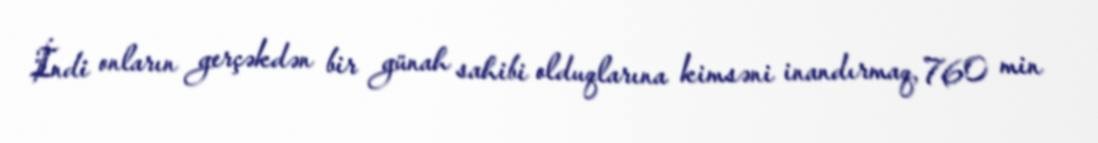
İndi onların gerçəkdən bir günah sahibi olduqlarına kimsəni inandırmaq, 760 min